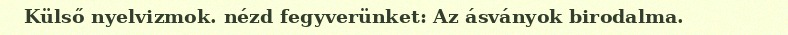
Külső nyelvizmok. nézd fegyverünket: Az ásványok birodalma.